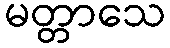
မတ္တာသေ